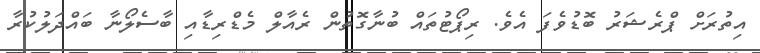
އިތުރަށް ޕްރެޝަރު ބޮޑުވެފަ އެވެ. ރިޕޯޓުތައް ބުނާގޮތުން ރެއާލް މެޑްރިޑާއި ބާސެލޯނާ ބައްދަލުކުރާ